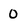
Character: 0